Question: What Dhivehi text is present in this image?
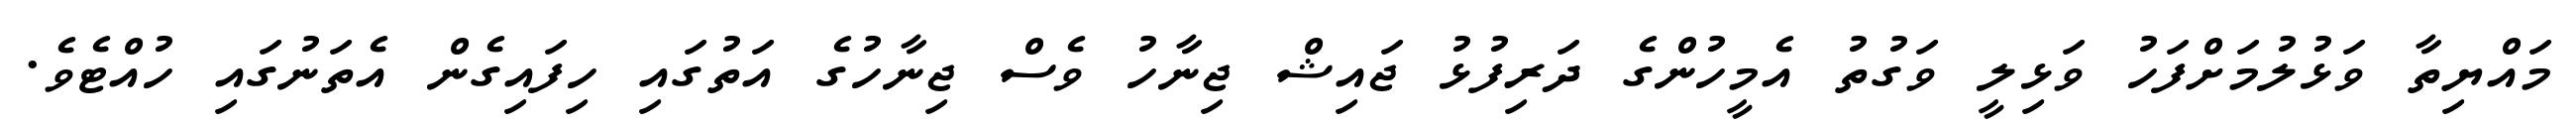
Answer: މައްޔިތާ ވަޅުލުމަށްފަހު ވަޅިލީ ވަގުތު އެމީހުންގެ ދަރިފުޅު ޖައިޝް ޖިނާހު ވެސް ޖިނާހުގެ އަތުގައި ހިފައިގެން އެތަނުގައި ހުއްޓެވެ.